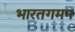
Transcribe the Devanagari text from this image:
भारतगमन